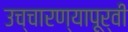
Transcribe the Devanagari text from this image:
उच्चारण्यापूर्वी